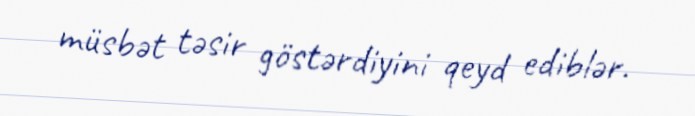
müsbət təsir göstərdiyini qeyd ediblər.